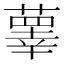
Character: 䕉